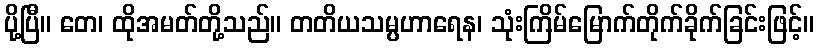
ပို့ပြီ။ တေ၊ ထိုအမတ်တို့သည်။ တတိယသမ္ပဟာရေန၊ သုံးကြိမ်မြောက်တိုက်ခိုက်ခြင်းဖြင့်။